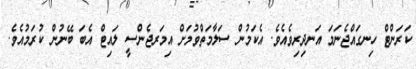
ކަރަންޓް ހިނގައްޖެނަމަ އަނދިރިވެއެވެ. އެކަމުން ސަލާމަތްވުމަށް އިމަރޖެންސީ ލައިޓް އެބަ ބޭނުން ކުރަމުއެވެ.